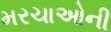
મરચાઓની